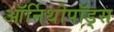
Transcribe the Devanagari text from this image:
ऑर्निथोपॉड्स